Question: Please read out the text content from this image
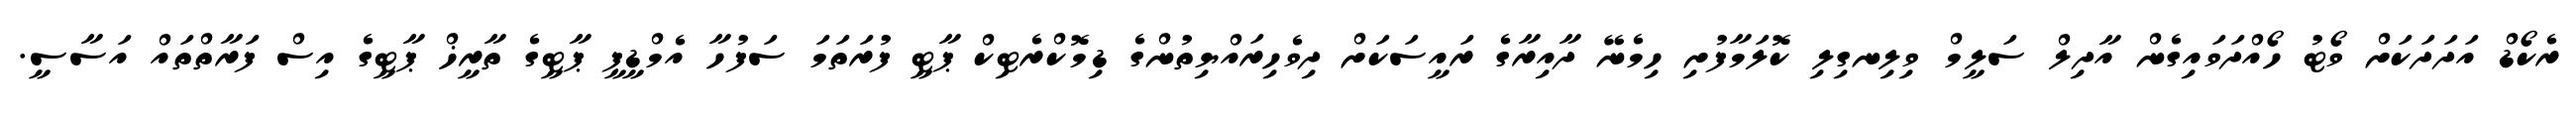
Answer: ރެކޯޑް އަދަދަކަށް ވޯޓު ހޯއްދަވައިގެން އާދިލް ސަލީމް ވިލިނގިލި ކޮލަމާފުށި ހިމެނޭ ދާއިރާގެ ރައީސަކަށް ދިވެހިރައްޔިތުންގެ ޑިމޮކްރެޓިކް ޕާޓީ ފުރަތަމަ ސަފުހާ އެމްޑީޕީ ޕާޓީގެ ތާރީޚް ޕާޓީގެ އިސް ފަރާތްތައް އަސާސީ.